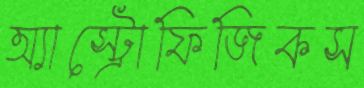
অ্যাস্ট্রোফিজিকস